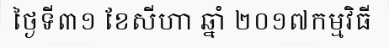
ថ្ងៃទី៣១ ខែសីហា ឆ្នាំ ២០១៧កម្មវិធី